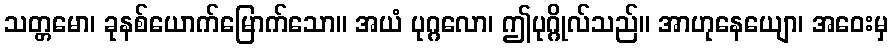
သတ္တမော၊ ခုနစ်ယောက်မြောက်သော။ အယံ ပုဂ္ဂလော၊ ဤပုဂ္ဂိုလ်သည်။ အာဟုနေယျော၊ အဝေးမှ